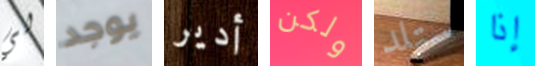
لي يوجد أدير ولكن ستلد إذا